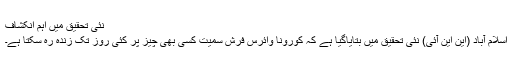
نئی تحقیق میں اہم انکشاف
اسلام آباد (این این آئی) نئی تحقیق میں بتایاگیا ہے کہ کورونا وائرس فرش سمیت کسی بھی چیز پر کئی روز تک زندہ رہ سکتا ہے۔